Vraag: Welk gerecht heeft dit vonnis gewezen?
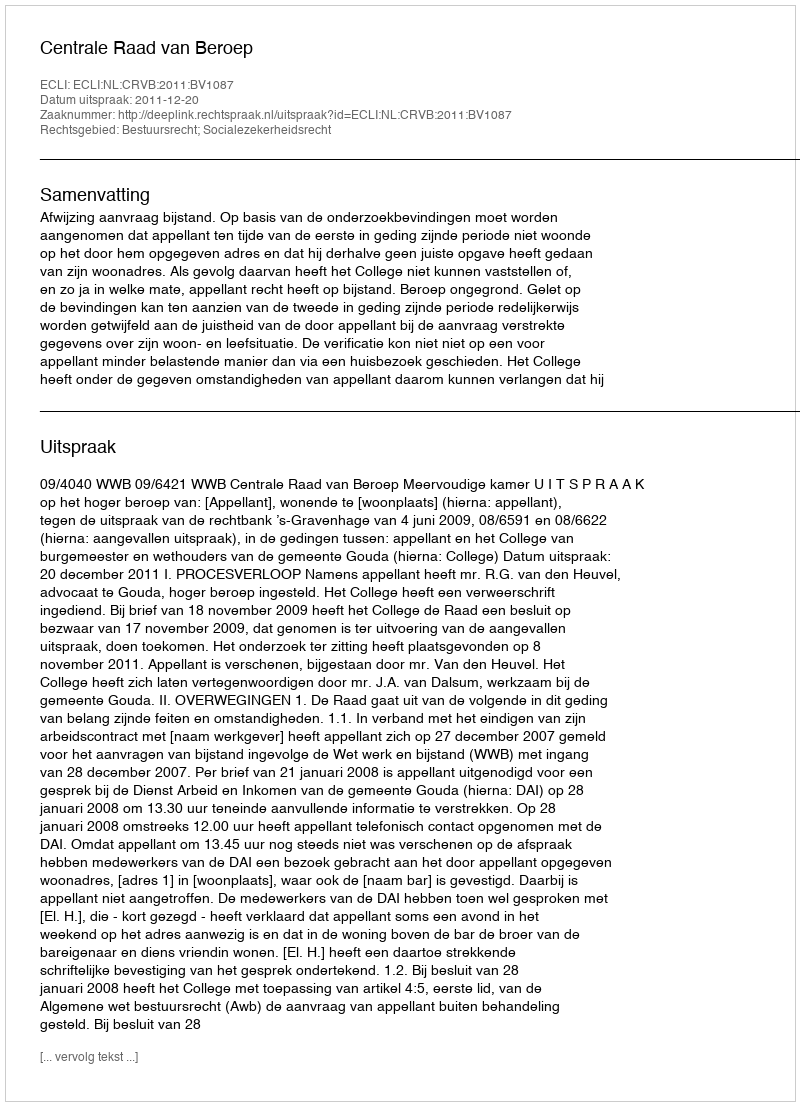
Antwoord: Centrale Raad van Beroep